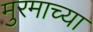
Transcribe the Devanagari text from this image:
मुरमाच्या